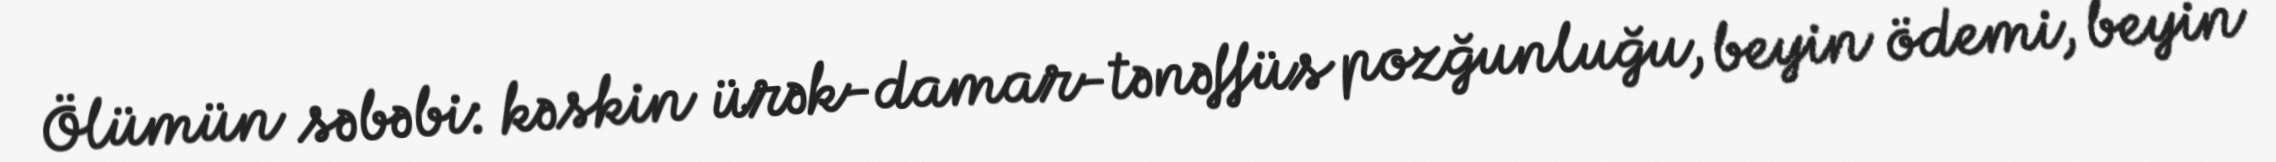
Ölümün səbəbi: kəskin ürək-damar-tənəffüs pozğunluğu, beyin ödemi, beyin